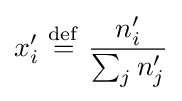
x'_{i}\ {\stackrel {\mathrm {def} }{=}}\ {\frac {n'_{i}}{\sum _{j}n'_{j}}}